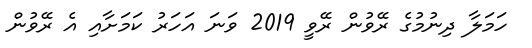
ހަމަލާ ދިނުމުގެ ރޭވުން ރޭވީ 2019 ވަނަ އަހަރު ކަމަށާއި އެ ރޭވުން